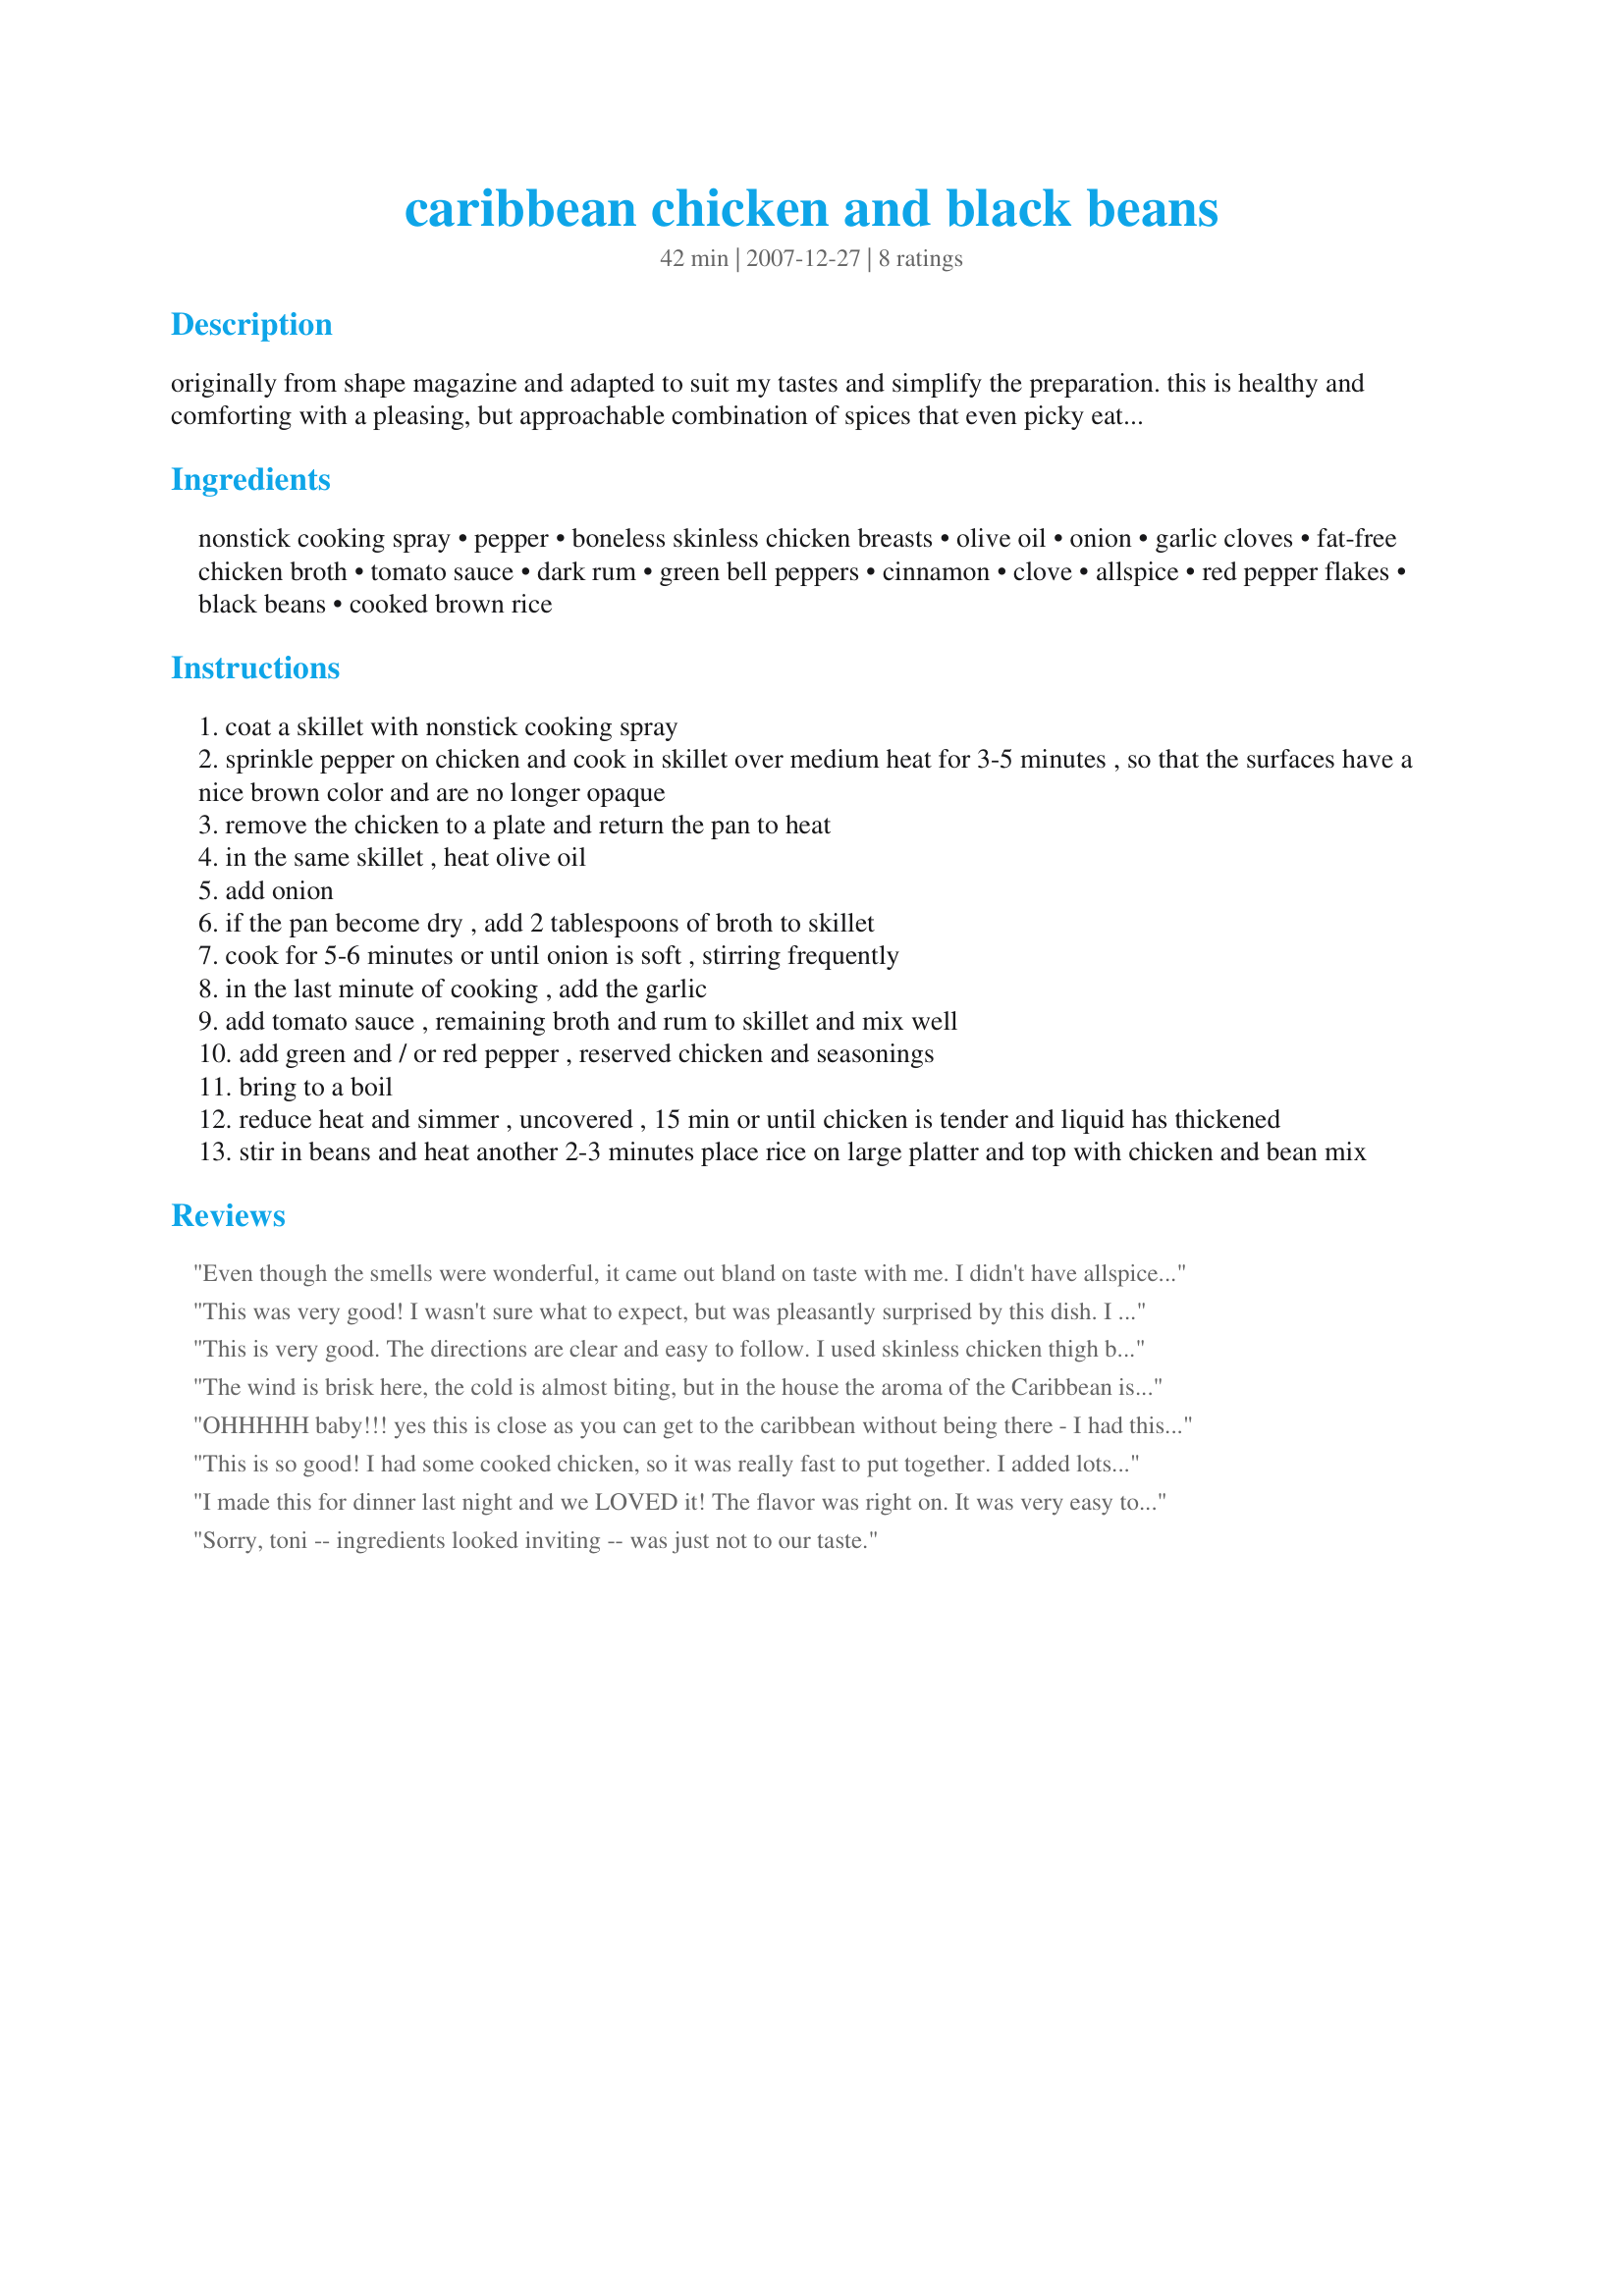
caribbean chicken and black beans
Preparation time: 42 minutes

originally from shape magazine and adapted to suit my tastes and simplify the preparation. this is healthy and comforting with a pleasing, but approachable combination of spices that even picky eaters will enjoy. though full of flavor this is not spicy hot, so feel free to adjust to your own tastes. a word of caution, this makes 6 perfect portions for my weight watching lifestyle but if you have hungry eaters at your table, it may only serve 4 or 5.

Ingredients:
nonstick cooking spray, pepper, boneless skinless chicken breasts, olive oil, onion, garlic cloves, fat-free chicken broth, tomato sauce, dark rum, green bell peppers, cinnamon, clove, allspice, red pepper flakes, black beans, cooked brown rice

Steps:
coat a skillet with nonstick cooking spray
sprinkle pepper on chicken and cook in skillet over medium heat for 3-5 minutes , so that the surfaces have a nice brown color and are no longer opaque
remove the chicken to a plate and return the pan to heat
in the same skillet , heat olive oil
add onion
if the pan become dry , add 2 tablespoons of broth to skillet
cook for 5-6 minutes or until onion is soft , stirring frequently
in the last minute of cooking , add the garlic
add tomato sauce , remaining broth and rum to skillet and mix well
add green and / or red pepper , reserved chicken and seasonings
bring to a boil
reduce heat and simmer , uncovered , 15 min or until chicken is tender and liquid has thickened
stir in beans and heat another 2-3 minutes place rice on large platter and top with chicken and bean mix

Reviews:
Even though the smells were wonderful, it came out bland on taste with me. I didn't have allspice so I don't know if that did it? I had also added lime juice for more flavor and that didn't seem to do much either. My son did tell enjoy it (which I was surprised for how picky of an eater he is) So I may make this again with less tomato sauce, more lime juice and maybe marinate the chicken in some spices before cooking it in the skillit.
This was very good! I wasn't sure what to expect, but was pleasantly surprised by this dish. I did follow the recipe exactly, using the chicken thighs, which I typically don't care for, but the dh does, so......... I would next time reduce the red pepper so my youngest could eat this more easily, as he liked it but told me it was hot. I don't know if my peppers were exceptionally hot (fresh ground) or if I misjudged my measurement but everyone else enjoyed it! Thanks for a great way to take a trip to the Caribbean via the kitchen. = )
This is very good. The directions are clear and easy to follow. I used skinless chicken thigh but left the bone in to enhance the flavor. The sauce is flavorful and not too spicy. I also served it with Buttered Spinach and Rice instead of brown rice. Thank you for a nice healthy recipe.
The wind is brisk here, the cold is almost biting, but in the house the aroma of the Caribbean is alive and well. This is a top notch recipe with all the flavors that develop during the cooking process, to the first bite that was inhaled through all the senses. I stuck to the recipe, except for two small changes that didn't effect the recipe. I premade a "rub" of the cloves, cinnamon, allspice and pepper. I used a chicken drumstick, and rubbed it with the spices that were already included in the recipe. The recipe is easily halved and as Dennis will be carting the "leftover" drumstick to work for his lunch. The rum really worked well, and just brought so many of the flavors full scope. Above all, it is a beautiful dish for presentation, and your eyes believe this must be food candy. Thank you Toni, we will enjoy this many times over.
OHHHHH baby!!! yes this is close as you can get to the caribbean without being there - I had this with a Rumpoppo that my friends brought back for me from the Islands' this is just all around good - I will have the camera back next week - would have loved to have displayed the beauty of this dish - colors - taste - aroma - lets do this again!!!
This is so good! I had some cooked chicken, so it was really fast to put together. I added lots of red pepper flakes because I love spicy. The spices and the rum add a wonderful aroma and flavor to this. I served it over some leftover Recipe #216207. Delicious and low fat - yay! Thanks for posting.
I made this for dinner last night and we LOVED it! The flavor was right on. It was very easy to put together and we love the fact that it is low fat. I made as posted and served over brown rice. Thanks so much for posting!
Sorry, toni -- ingredients looked inviting -- was just not to our taste.
